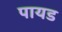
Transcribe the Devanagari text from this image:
पायड